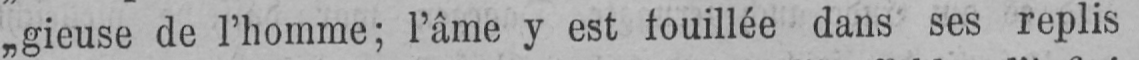
„gieuse de l’homme; l’âme y est touillée dans ses replis